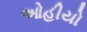
ઓહીયો